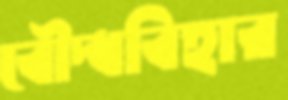
বৌদ্ধবিহার